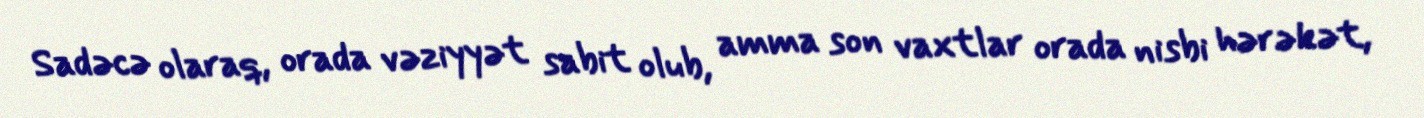
Sadəcə olaraq, orada vəziyyət sabit olub, amma son vaxtlar orada nisbi hərəkət,